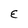
Character: E